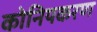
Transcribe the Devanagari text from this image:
कोनियकरण